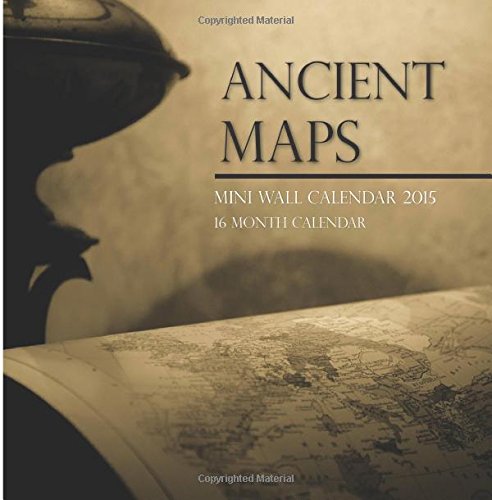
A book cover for Ancient Maps Mini Wall Calendar 2015: 16 Month Calendar; Sam Hub; Calendars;